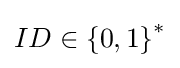
\textstyle ID\in \left\{0,1\right\}^{*}